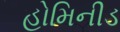
હોમિનીડ